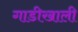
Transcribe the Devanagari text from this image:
गाडीखाली